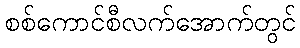
စစ်ကောင်စီလက်အောက်တွင်